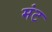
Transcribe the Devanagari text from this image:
मंट